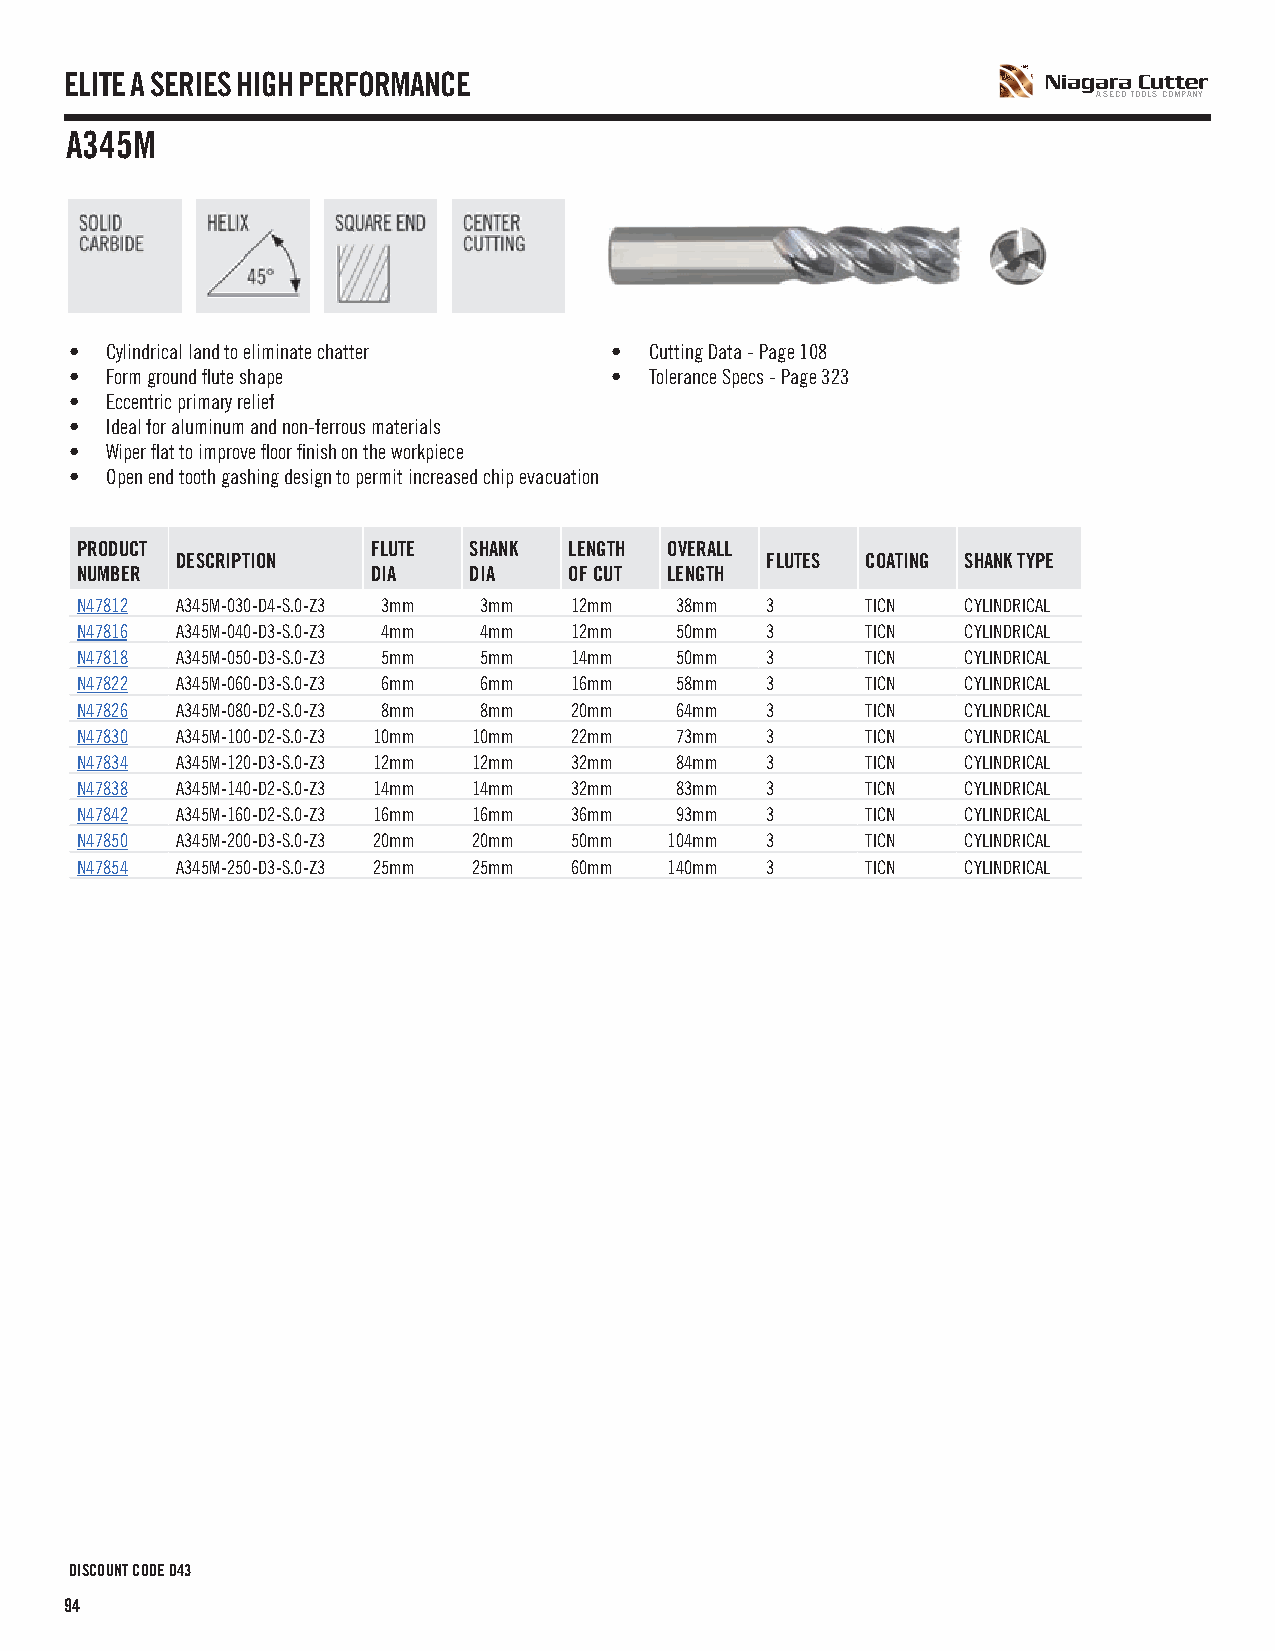
ELITE A SERIES HIGH PERFORMANCE
 A SECO TOOLS COMPANY
 A345M
 • Cylindrical land to eliminate chatter • Cutting Data - Page 108
 • Form ground flute shape          •  Tolerance Specs - Page 323
 • Eccentric primary relief
 • Ideal for aluminum and non-ferrous materials
 • Wiper flat to improve floor finish on the workpiece
 • Open end tooth gashing design to permit increased chip evacuation
 PRODUCT             FLUTE SHANK  LENGTH OVERALL
 DESCRIPTION                            FLUTES COATING SHANK TYPE
 NUMBER              DIA   DIA    OF CUT LENGTH
 N47812 A345M-030-D4-S.0-Z3 3mm 3mm 12mm 38mm  3     TICN   CYLINDRICAL
 N47816 A345M-040-D3-S.0-Z3 4mm 4mm 12mm 50mm  3     TICN   CYLINDRICAL
 N47818 A345M-050-D3-S.0-Z3 5mm 5mm 14mm 50mm  3     TICN   CYLINDRICAL
 N47822 A345M-060-D3-S.0-Z3 6mm 6mm 16mm 58mm  3     TICN   CYLINDRICAL
 N47826 A345M-080-D2-S.0-Z3 8mm 8mm 20mm 64mm  3     TICN   CYLINDRICAL
 N47830 A345M-100-D2-S.0-Z3 10mm 10mm 22mm 73mm 3    TICN   CYLINDRICAL
 N47834 A345M-120-D3-S.0-Z3 12mm 12mm 32mm 84mm 3    TICN   CYLINDRICAL
 N47838 A345M-140-D2-S.0-Z3 14mm 14mm 32mm 83mm 3    TICN   CYLINDRICAL
 N47842 A345M-160-D2-S.0-Z3 16mm 16mm 36mm 93mm 3    TICN   CYLINDRICAL
 N47850 A345M-200-D3-S.0-Z3 20mm 20mm 50mm 104mm 3   TICN   CYLINDRICAL
 N47854 A345M-250-D3-S.0-Z3 25mm 25mm 60mm 140mm 3   TICN   CYLINDRICAL
 DISCOUNT CODE D43
 94